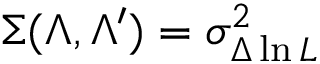
\Sigma ( \Lambda , \Lambda ^ { \prime } ) = \sigma _ { \Delta \ln { \cal L } } ^ { 2 }